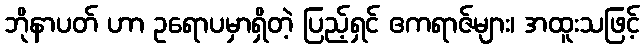
ဘိုနာပတ် ဟာ ဥရောပမှာရှိတဲ့ ပြည့်ရှင် ဧကရာဇ်များ၊ အထူးသဖြင့်